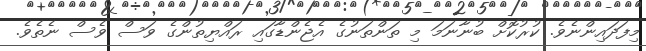
މިފަދައިންނެވެ. ކުރުކޮށް ބުނާނަމަ މި ތަންތަނުގެ އެޖެންޑާގައި ރައްޔިތުންގެ ވަސް ވެސް ނެތެވެ.